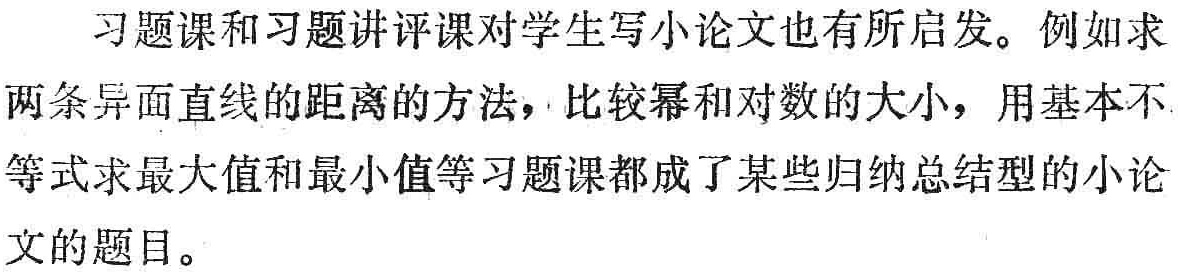
习题课和习题讲评课对学生写小论文也有所启发。例如求两条异面直线的距离的方法，比较幂和对数的大小，用基本不等式求最大值和最小值等习题课都成了某些归纳总结型的小论文的题目。